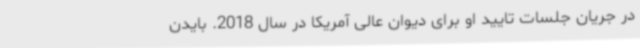
در جریان جلسات تایید او برای دیوان عالی آمریکا در سال 2018. بایدن